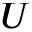
U